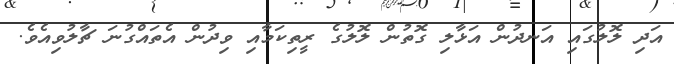
އަދި ލޮލުގައި އަނދުން އަޅާލި ގޮތުން ލޮލުގެ ރީތިކަމާއި ވިދުން އެތައްގުނަ ޗާލުވިއެވެ.